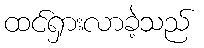
ထင်ရှားလာခဲ့သည်